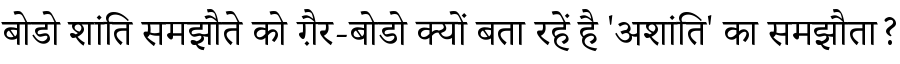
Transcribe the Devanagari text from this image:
बोडो शांति समझौते को ग़ैर-बोडो क्यों बता रहें है 'अशांति' का समझौता?